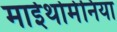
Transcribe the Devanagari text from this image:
माईथोमेनिया